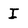
Character: I